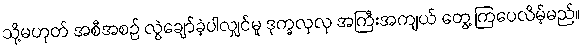
သို့မဟုတ် အစီအစဉ် လွဲချော်ခဲ့ပါလျှင်မူ ဒုက္ခလှလှ အကြီးအကျယ် တွေ့ ကြပေလိမ့်မည်။